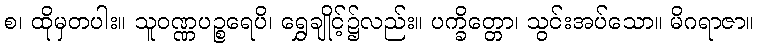
စ၊ ထိုမှတပါး။ သူဝဏ္ဏပဉ္စရေပိ၊ ရွှေချိုင့်၌လည်း။ ပက္ခိတ္တော၊ သွင်းအပ်သော။ မိဂရာဇာ။